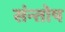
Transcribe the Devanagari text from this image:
संन्‍तोष